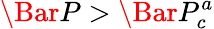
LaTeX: \Bar{P}>\Bar{P}_{c}^{a}